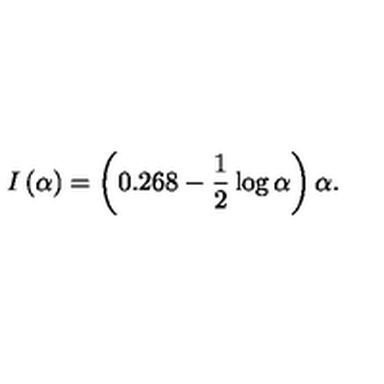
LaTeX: I \left( \alpha \right) = \left( { 0 . 2 6 8 - \frac { 1 } { 2 } \log \alpha } \right) \alpha .